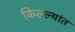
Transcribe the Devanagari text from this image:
किल्ल्यांत